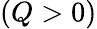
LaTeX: (Q>0)